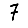
Digit: 7